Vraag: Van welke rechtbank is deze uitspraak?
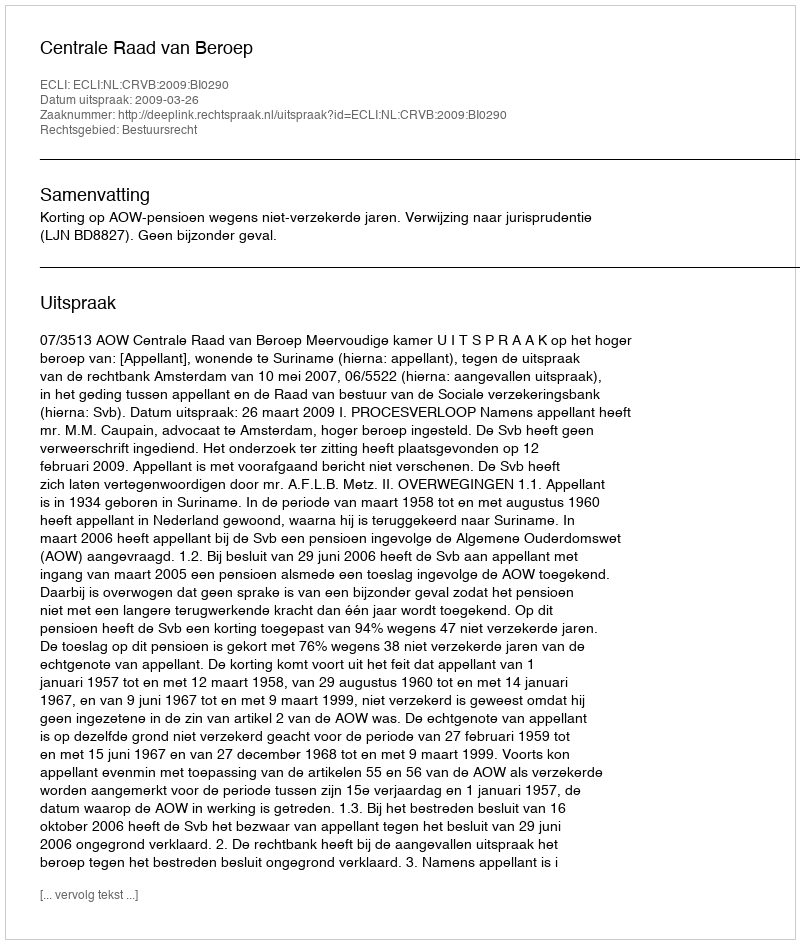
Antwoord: Centrale Raad van Beroep